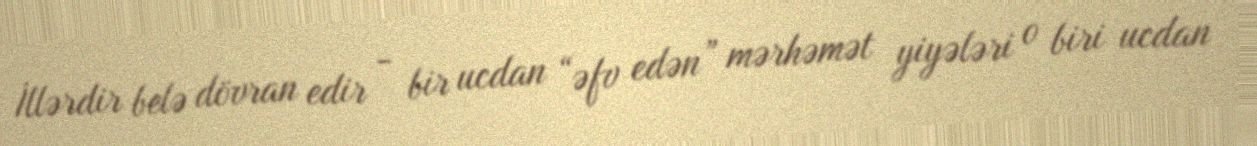
İllərdir belə dövran edir - bir ucdan “əfv edən” mərhəmət yiyələri o biri ucdan